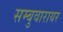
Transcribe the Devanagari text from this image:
सम्बुवारायर